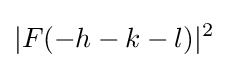
|F(-h-k-l)|^{2}